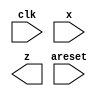
// You are to design a one-input one-output serial 2's complementer Moore state machine. The input (x) is a series of bits (one per clock cycle) beginning with the least-significant bit of the number, and the output (Z) is the 2's complement of the input. The machine will accept input numbers of arbitrary length. The circuit requires an asynchronous reset. The conversion begins when Reset is released and stops when Reset is asserted.

module top_module (
    input clk,
    input areset,
    input x,
    output z
); 

	// Insert your code here

endmodule